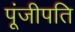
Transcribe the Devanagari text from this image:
पूंजीपति